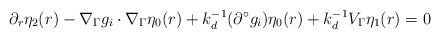
LaTeX: \begin{align*} \partial_r\eta_2(r)-\nabla_\Gamma g_i\cdot\nabla_\Gamma\eta_0(r)+k_d^{-1}(\partial^\circ g_i)\eta_0(r)+k_d^{-1}V_\Gamma\eta_1(r) = 0\end{align*}